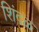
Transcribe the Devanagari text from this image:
शिंदळ